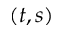
( t , s )